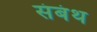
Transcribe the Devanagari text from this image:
संबंथ